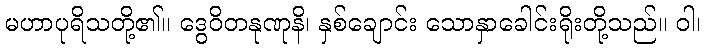
မဟာပုရိသတို့၏။ ဒွေဝိတနုဏုနိ၊ နှစ်ချောင်း သောနှာခေါင်းရိုးတို့သည်။ ဝါ၊